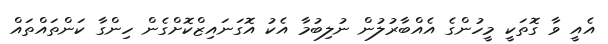
އެއީ ވާ ގޮތަކީ މީހުންގެ އެއްބާރުލުން ނުލިބުމާ އެކު އޮގަނައިޒްކޮށްގެން ހިންގާ ކަންތައްތައް